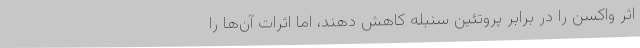
اثر واکسن را در برابر پروتئین سنبله کاهش دهند، اما اثرات آن‌ها را